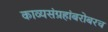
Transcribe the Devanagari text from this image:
काव्यसंग्रहांबरोबरच